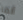
ألما